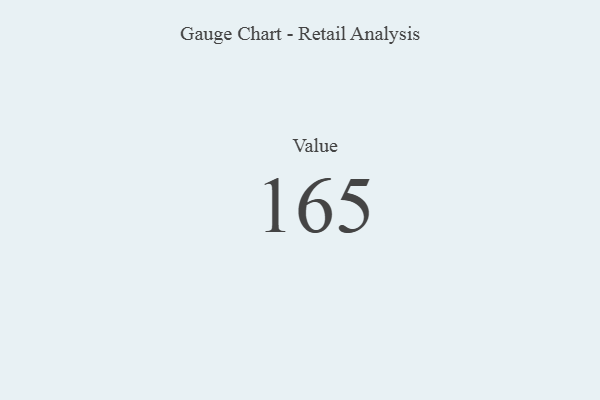
{"axis": {"x": "Metric", "y": "Value"}, "legend": [""], "data": [{"x": "Value", "y": 165, "type": ""}]}